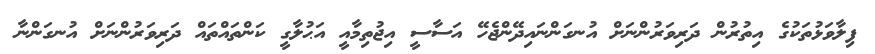
ފިލާވަޅުތަކުގެ އިތުރުން ދަރިވަރުންނަށް އުނގަންނައިދޭންޖެހޭ އަސާސީ އިޖުތިމާއީ އަޙުލާގީ ކަންތައްތައް ދަރިވަރުންނަށް އުނގަންނާ